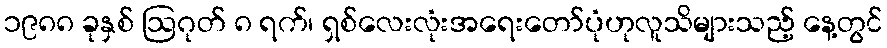
၁၉၈၈ ခုနှစ် ဩဂုတ် ၈ ရက်၊ ရှစ်လေးလုံးအရေးတော်ပုံဟုလူသိများသည့် နေ့တွင်